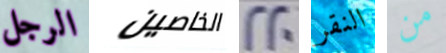
الرجل الخاصين 220 النقر من